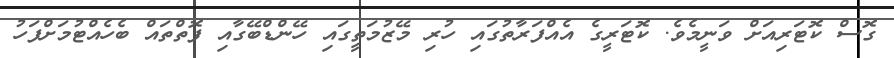
ގޮސް ކޮޓަރިއަށް ވަނީމެވެ. ކޮޓަރީގެ އެއްފަރާތުގައި ހުރި މޭޒުމަތީގައި ހޭންޑްބޭގާއި ފޮތްތައް ބެހެއްޓުމަށްފަހު